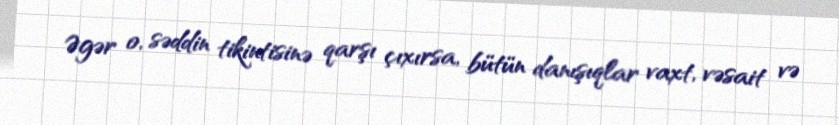
Əgər o, səddin tikintisinə qarşı çıxırsa, bütün danışıqlar vaxt, vəsait və